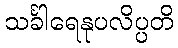
သင်္ခါရေနုပလိပ္ပတိ